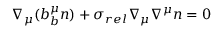
\nabla _ { \mu } ( b _ { b } ^ { \mu } n ) + \sigma _ { r e l } \nabla _ { \mu } \nabla ^ { \mu } n = 0